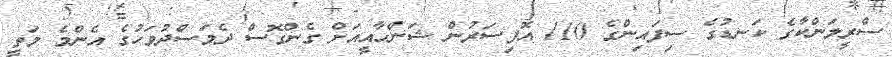
ސްރީލަންކާގެ ކަނޑުގެ ސިފައިންގެ 110 އޮފިސަރުން ޝަންހާއީއަށް ގެންގޮސް ދެމަސްދުވަހުގެ އެންމެ މަތީ